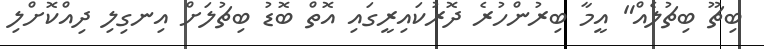
ބިޗޫ ބިޗުލެއް" އީމާ ބިރުންހުރެ ދޮރުކައިރީގައި އޮތް ބޮޑު ބިޗުލަށް އިނގިލި ދިއްކޮށްލި